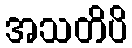
အသတိပိ